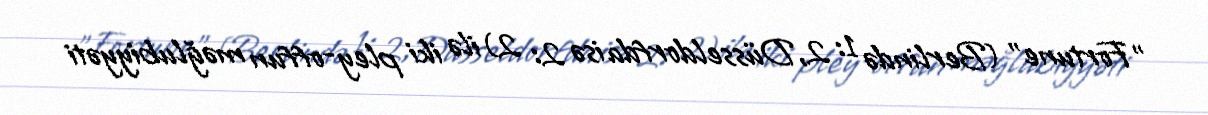
"Fortune" (Berlində 1: 2,Düsseldorfda isə 2: 2) ilə iki pley-offun məğlubiyyəti